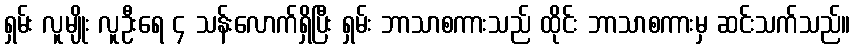
ရှမ်း လူမျိုး လူဦးရေ ၄ သန်းလောက်ရှိပြီး ရှမ်း ဘာသာစကားသည် ထိုင်း ဘာသာစကားမှ ဆင်းသက်သည်။